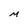
Character: M